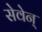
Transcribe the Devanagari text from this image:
सेवेन्